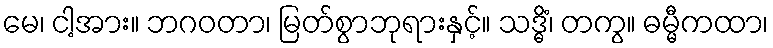
မေ၊ ငါ့အား။ ဘဂဝတာ၊ မြတ်စွာဘုရားနှင့်။ သဒ္ဓိံ၊ တကွ။ ဓမ္မီကထာ၊